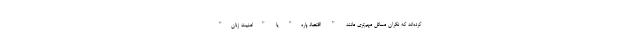
کرده‌اند که نگران مسائل مهم‌تری مانند " اقتصاد پاره" یا "امنیت زنان"